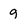
Character: g